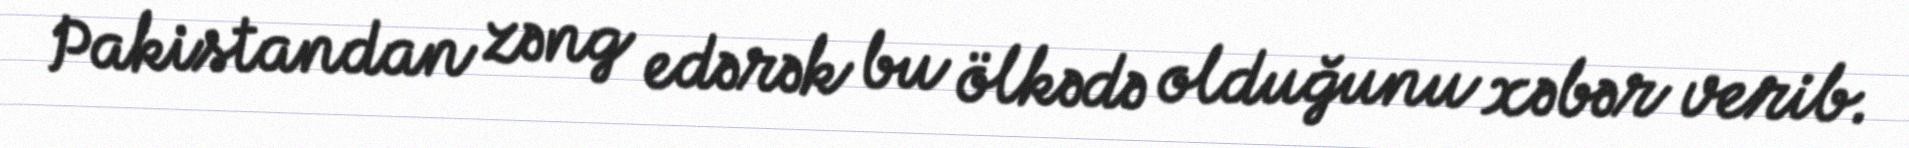
Pakistandan zəng edərək bu ölkədə olduğunu xəbər verib.